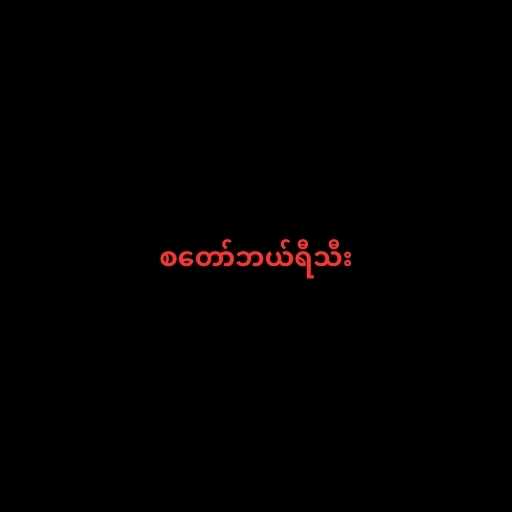
စတော်ဘယ်ရီသီး